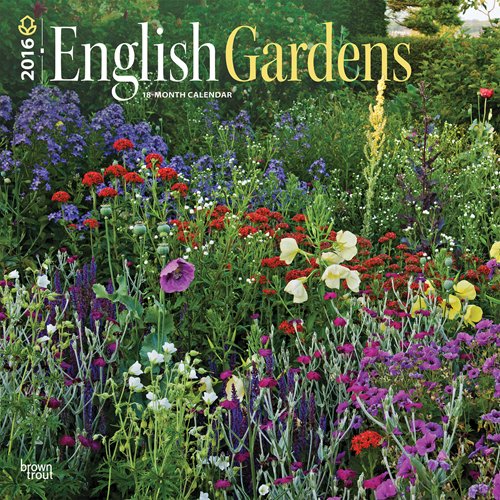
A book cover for English Gardens 2016 Square 12x12 (Multilingual Edition); Browntrout Publishers; Calendars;